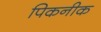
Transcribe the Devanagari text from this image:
पिकनीक